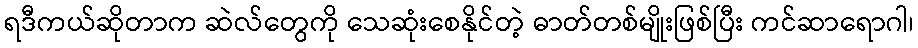
ရဒီကယ်ဆိုတာက ဆဲလ်တွေကို သေဆုံးစေနိုင်တဲ့ ဓာတ်တစ်မျိုးဖြစ်ပြီး ကင်ဆာရောဂါ၊